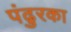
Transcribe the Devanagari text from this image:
पंढुरका